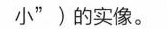
小”)的实像。